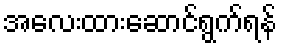
အလေးထားဆောင်ရွက်ရန်